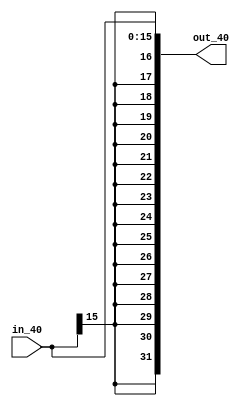
`timescale 1ns / 1ps

////////////////////////////////////////////////////////////////////////////////
// Module - sign_extension.v
// Description - Extends a 16-Bit input number to produce a 32-Bit output
// number.
////////////////////////////////////////////////////////////////////////////////

module sign_extension(
    output reg [31:0] out_40,
    input [15:0] in_40
);

always@(in_40)
begin    
    out_40 <= {{16{in_40[15]}},in_40};
end
endmodule